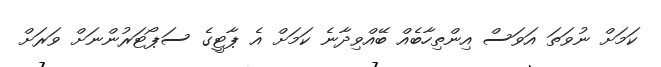
ކަމަށް ނުވަތަ އަވަސް އިންތިހާބެއް ބޭއްވިދާނެ ކަމަށް އެ ޕާޓީގެ ސަޕޯޓަރުންނަށް ވަރަށް